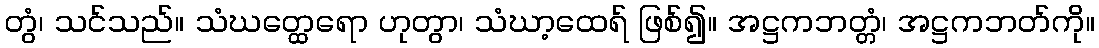
တွံ၊ သင်သည်။ သံဃတ္ထေရော ဟုတွာ၊ သံဃာ့ထေရ် ဖြစ်၍။ အဋ္ဌကဘတ္တံ၊ အဋ္ဌကဘတ်ကို။